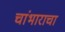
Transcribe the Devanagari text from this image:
चांभाराचा